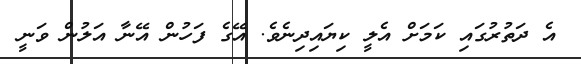
އެ ދަތުރުގައި ކަމަށް އެލީ ކިޔައިދިނެވެ. އޭގެ ފަހުން އޭނާ އަލުން ވަނީ